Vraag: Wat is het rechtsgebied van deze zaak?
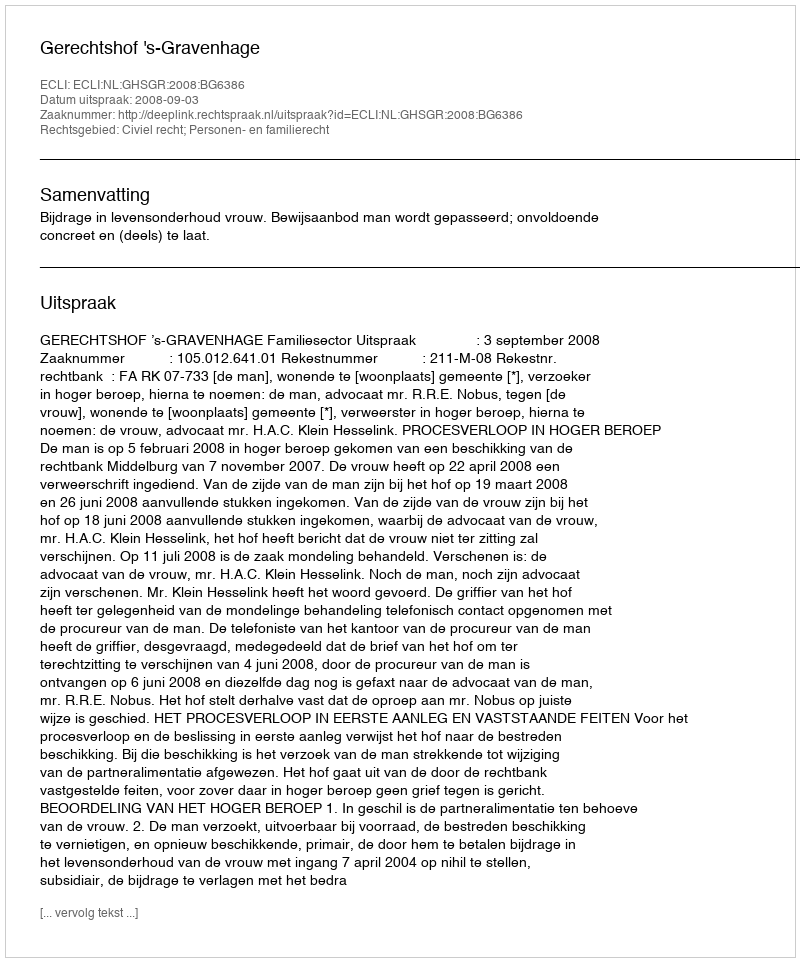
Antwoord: Civiel recht; Personen- en familierecht